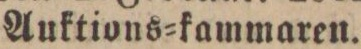
Auktions=kammaren.